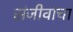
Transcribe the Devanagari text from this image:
संजीवांचा